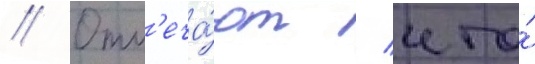
// Отм'еча́ют / что́